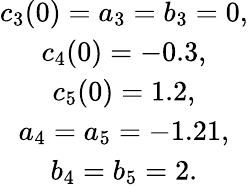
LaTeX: \begin{array}{c}{{c_{3}(0)=a_{3}=b_{3}=0,}}\\ {{c_{4}(0)=-0.3,}}\\ {{c_{5}(0)=1.2,}}\\ {{a_{4}=a_{5}=-1.21,}}\\ {{b_{4}=b_{5}=2.}}\end{array}